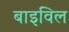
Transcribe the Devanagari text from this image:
बाइविल